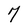
Character: 7